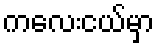
ကလေးငယ်မှာ